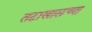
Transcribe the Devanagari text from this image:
तटाखालच्या